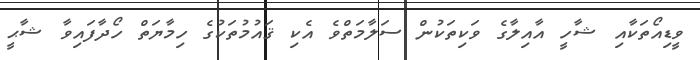
ވީޑިއޯތަކާއި ޝާހީ އާއިލާގެ ވަކިތަކުން ސަލާމަތްވެ އެކި ޤައުމުތަކުގެ ހިމާޔަތް ހޯދާފައިވާ ޝާޙީ